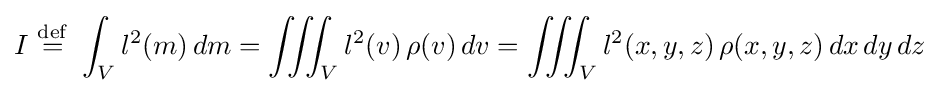
I\ {\stackrel {\mathrm {def} }{=}}\ \int _{V}l^{2}(m)\,dm=\iiint _{V}l^{2}(v)\,\rho (v)\,dv=\iiint _{V}l^{2}(x,y,z)\,\rho (x,y,z)\,dx\,dy\,dz\!